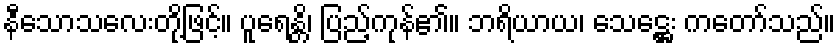
နီသောသလေးတို့ဖြင့်။ ပူရေန္တိ၊ ပြည့်ကုန်၏။ ဘရိယာယ၊ သေဋ္ဌေး ကတော်သည်။